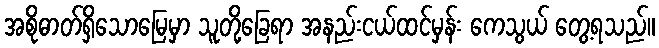
အစိုဓာတ်ရှိသောမြေမှာ သူတို့ခြေရာ အနည်းငယ်ထင်မှန်း ကေသွယ် တွေ့ရသည်။